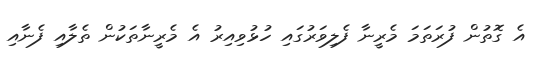
އެ ގޮތުން ފުރަތަމަ މެރީނާ ފެލިވަރުގައި ހުޅުވިއިރު އެ މެރީނާތަކުން ތެލާއި ފެނާއި